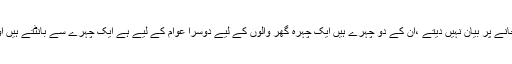
یہ تو کلبھوشن کے پکڑے جانے پر بیان نہیں دیتے ،ان کے دو چہرے ہیں ایک چہرہ گھر والوں کے لیے دوسرا عوام کے لیے ہے ایک چہرے سے بانٹتے ہیں اور دوسرے سے ڈانتے ہیں ۔